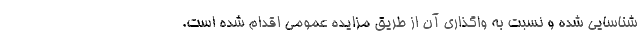
شناسایی شده و نسبت به واگذاری آن از طریق مزایده عمومی اقدام شده است.